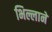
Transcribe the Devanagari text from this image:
भिल्लाने